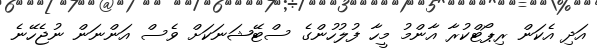
އަދި އެކަން ރިޕޯޓްކުރާ އާންމު މީހާ ފުލުހުންގެ ސްޓޭޝަނަކަށް ވެސް އަންނަން ނުޖެހޭނެ